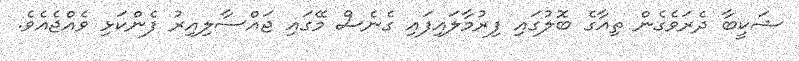
ޝަކީބާ ދެރަވެގެން ތިއާގެ ބޮލުގައި ފިރުމާލައިފައި ގެނެސް މޭގައި ޖައްސާލިއިރު ފެންކަޅި ވެއްޖެއެވެ.